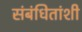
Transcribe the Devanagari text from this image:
संबंधितांशी